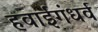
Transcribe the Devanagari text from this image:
हवाईगंधर्व